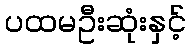
ပထမဦးဆုံးနှင့်